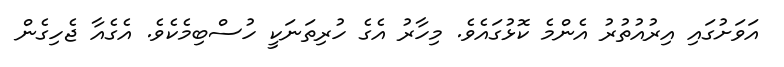
އަވަށުގައި އިރުއުތުރު އެންމެ ކޮޅުގައެވެ. މިހާރު އެގެ ހުރިތަނަކީ ހުސްބިމެކެވެ. އެގެއާ ޖެހިގެން